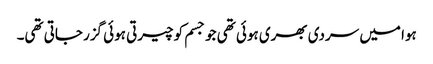
ہوا میں سردی بھری ہوئی تھی جو جسم کو چیرتی ہوئی گزر جاتی تھی۔